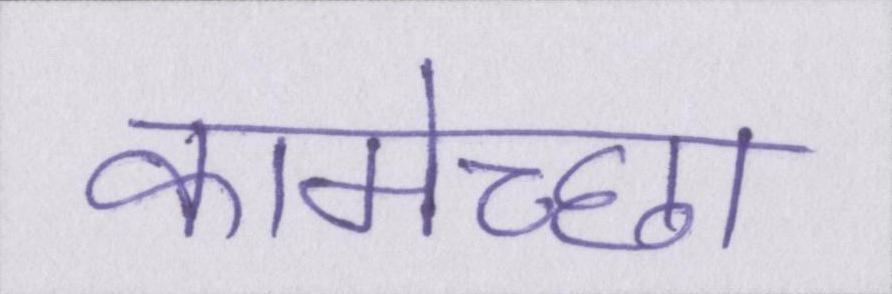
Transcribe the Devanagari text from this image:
कामेच्छा